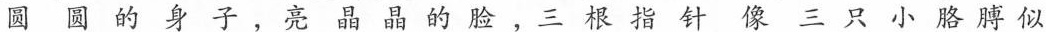
圆圆的身子，亮晶晶的脸，三根指针像三只小胳膊似